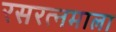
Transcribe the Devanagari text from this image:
रसरत्नमाला